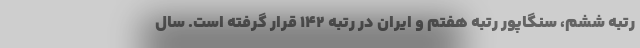
رتبه ششم، سنگاپور رتبه هفتم و ایران در رتبه ۱۴۲ قرار گرفته است. سال